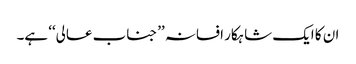
ان کا ایک شاہکار افسانہ ’’جناب عالی‘‘ ہے۔